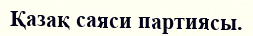
Қазақ саяси партиясы.